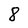
Character: 8